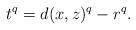
LaTeX: \begin{align*} t^q = d(x, z)^q - r^q.\end{align*}